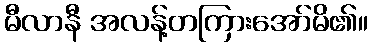
မီလာနီ အလန့်တကြားအော်မိ၏။